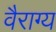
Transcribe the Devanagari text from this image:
वैराग्‍य